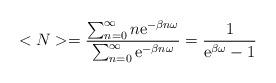
LaTeX: \begin{align*}< N > = { \sum_{n=0}^{\infty} n {\rm e}^{ - \beta n \omega}\over \sum_{n=0}^{\infty} {\rm e}^{ - \beta n \omega } } = { 1 \over{\rm e}^{\beta \omega } - 1 }\end{align*}